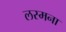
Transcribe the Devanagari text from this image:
लस्मना